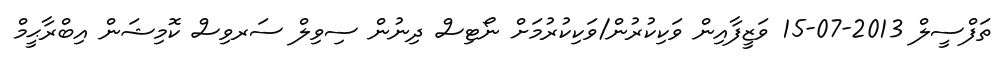
ތަފްސީލް 2013-07-15 ވަޒީފާއިން ވަކިކުރުން/ވަކިކުރުމަށް ނޯޓިސް ދިނުން ސިވިލް ސަރވިސް ކޮމިޝަން އިބްރާޙީމް